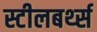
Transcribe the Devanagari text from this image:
स्टीलबर्थ्स